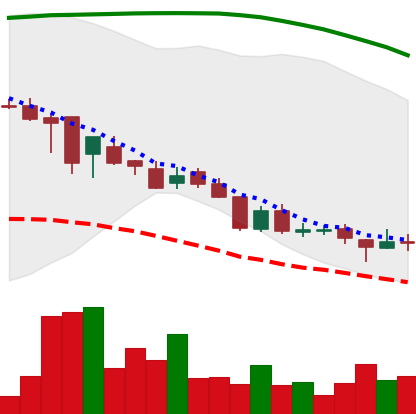
Ticker: DOGE-USD
Chart end date: 2018-08-16
Forward return: 5.759%
Label: up_5_7